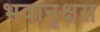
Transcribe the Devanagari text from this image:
भवानृक्षरा